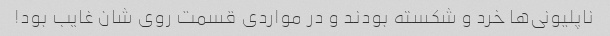
ناپلیونی‌ها خرد و شکسته بودند و در مواردی قسمت روی شان غایب بود!